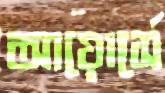
আয়োর্সে